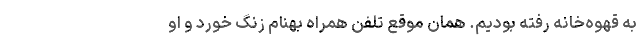
به قهوه‌خانه رفته بودیم. همان موقع تلفن همراه بهنام زنگ خورد و او